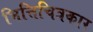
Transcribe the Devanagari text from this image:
भित्तिचित्रकार